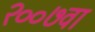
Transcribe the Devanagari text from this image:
२००७वा